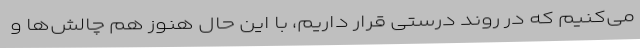
می‌کنیم که در روند درستی قرار داریم، با این حال هنوز هم چالش‌ها و